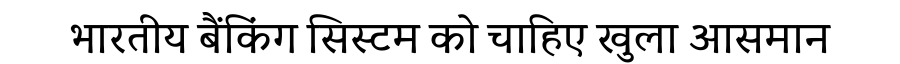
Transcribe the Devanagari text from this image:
भारतीय बैंकिंग सिस्टम को चाहिए खुला आसमान